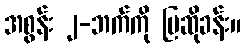
အစွန်း ၂-ဘက်ကို ပြဆိုခန်း။